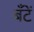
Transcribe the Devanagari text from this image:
बँटें